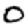
Digit: 0